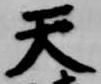
天